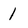
Character: 1